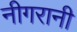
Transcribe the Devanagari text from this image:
नीगरानी